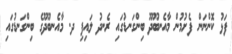
ފަޅު ކޮންނަން ފެށުމުން މާއެނބޫދޫ ބިންގަނޑުގައި ރެނދު ލައިފި ދ. މާއެނބޫދޫގެ ބިންގަނޑުގައި